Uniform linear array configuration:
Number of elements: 64
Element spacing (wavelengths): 0.25
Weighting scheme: hann
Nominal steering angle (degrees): -45
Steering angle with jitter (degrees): -43.087
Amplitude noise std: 0.05
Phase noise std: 0.05

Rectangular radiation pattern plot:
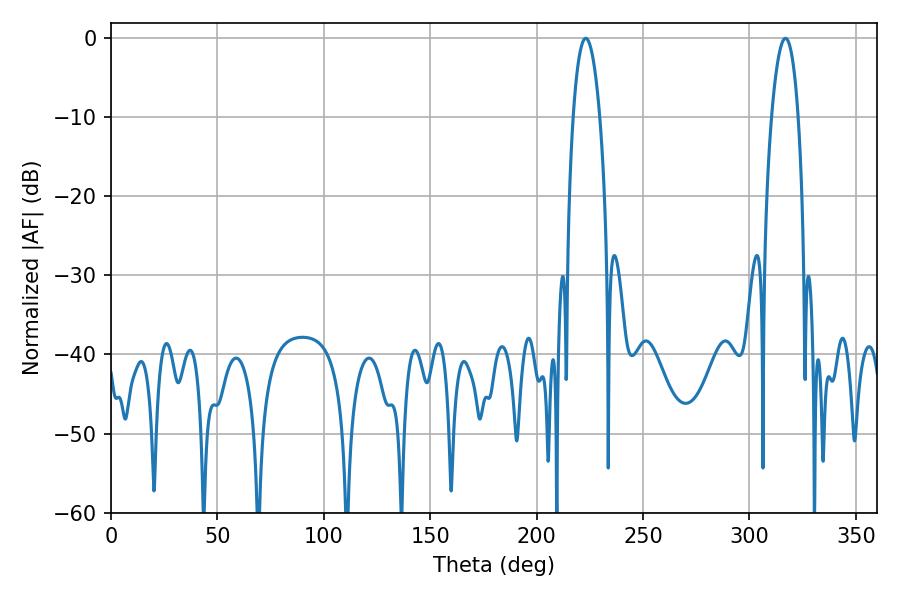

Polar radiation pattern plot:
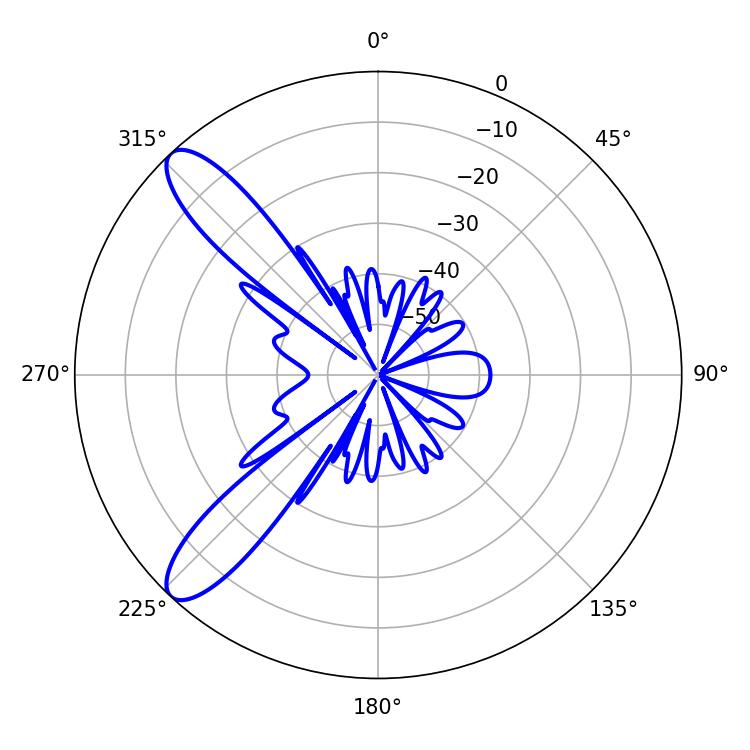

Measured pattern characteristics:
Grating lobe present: FALSE
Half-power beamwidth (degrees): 6.84
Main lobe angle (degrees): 223.02